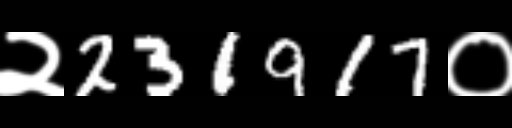
Text: २231917०